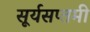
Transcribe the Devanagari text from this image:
सूर्यसप्तमी